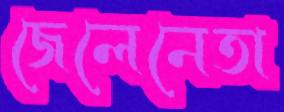
জেলেনেতা